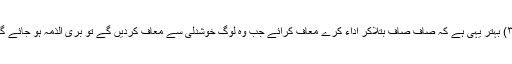
(۳) بہتر یہی ہے کہ صاف صاف بتلاکر اداء کرے معاف کرائے جب وہ لوگ خوشدلی سے معاف کردیں گے تو بری الذمہ ہو جائے گا۔